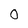
Character: 0